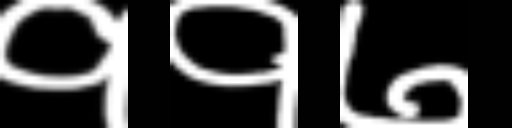
Text: ११७